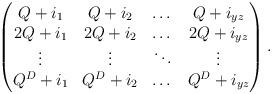
LaTeX: \begin{align*}\begin{pmatrix}Q+i_1 & Q+i_2 & \dots & Q+i_{yz} \\2Q+i_1 & 2Q+i_2 & \dots & 2Q+i_{yz} \\\vdots & \vdots & \ddots & \vdots \\Q^D+i_1 & Q^D+i_2 & \dots & Q^D+i_{yz} \\\end{pmatrix}.\end{align*}